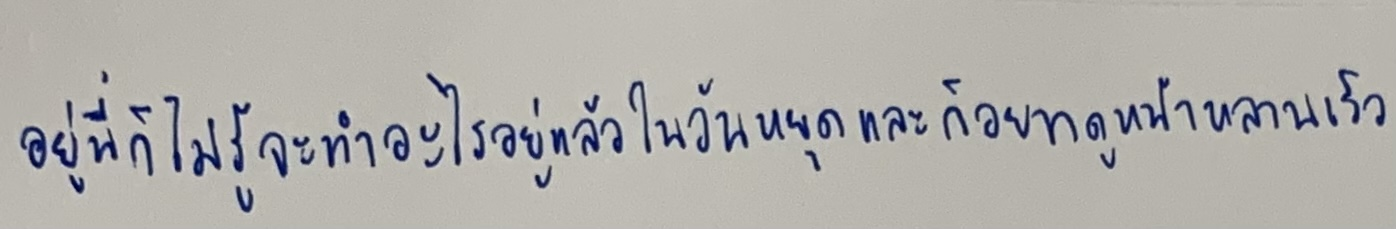
อยู่นี่ก็ไม่รู้จะทำอะไรอยู่แล้วในวันหยุดและก็อยากดูหน้าหลานเร็ว